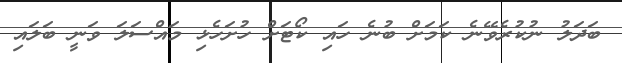
ބަދަލު ނުކުރެވޭނެ ކަމަށް ބުނެ ހައި ކޯޓަށް ހުށަހެޅި މައްސަލަ ވަނީ ބަލައި